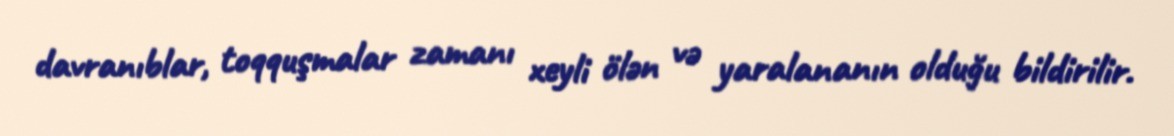
davranıblar, toqquşmalar zamanı xeyli ölən və yaralananın olduğu bildirilir.